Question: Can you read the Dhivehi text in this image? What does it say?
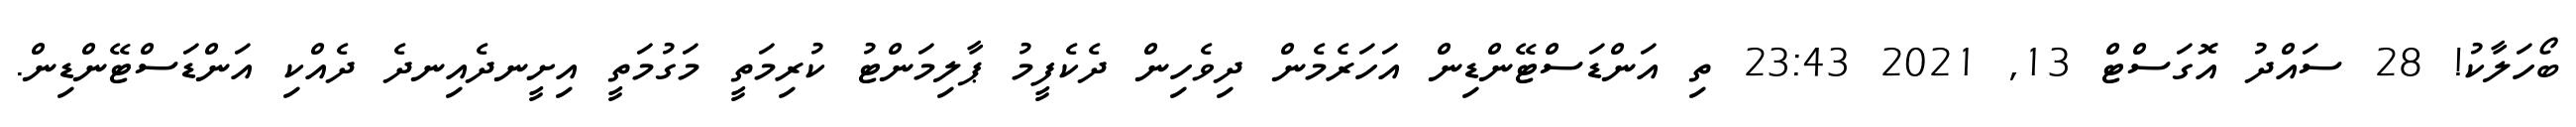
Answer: ބޯހަލާކު! 28 ސައްދު އޮގަސްޓް 13, 2021 23:43 ތި އަންޑަސްޓޭންޑިން އަހަރެމެން ދިވެހިން ދެކެފީމު ޕާލިމަންޓު ކުރިމަތީ މަގުމަތީ އިށީނދެއިނދެ ދެއްކި އަންޑަސްޓޭންޑިން.